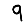
Digit: 9